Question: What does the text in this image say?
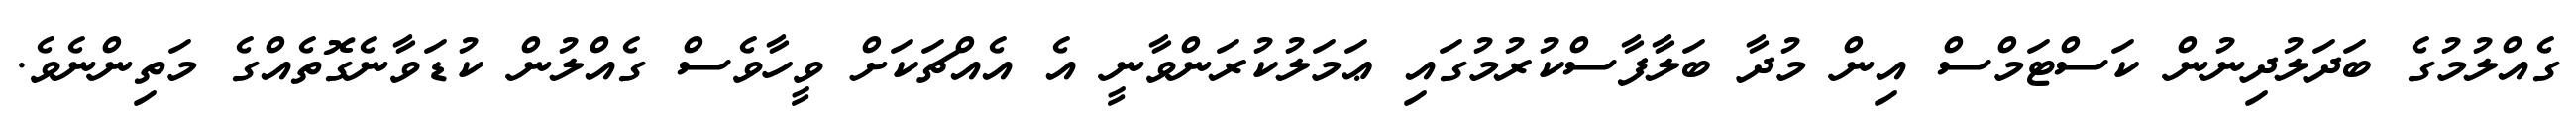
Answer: ގެއްލުމުގެ ބަދަލުދިނުން ކަސްޓަމްސް އިން މުދާ ބަލާފާސްކުރުމުގައި ޢަމަލުކުރަންވާނީ އެ އެއްޗަކަށް ވީހާވެސް ގެއްލުން ކުޑަވާނެގޮތެއްގެ މަތިންނެވެ.